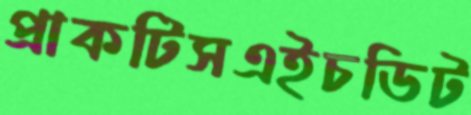
প্রাকটিসএইচডিট